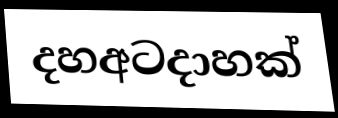
දහඅටදාහක්